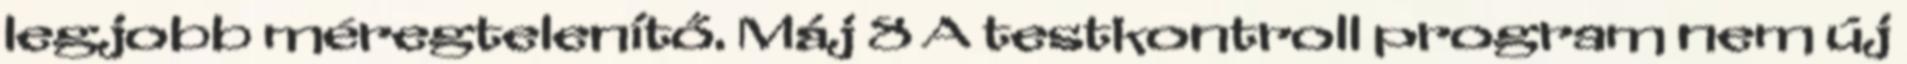
legjobb méregtelenítő. Máj 8 A testkontroll program nem új